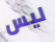
ليس